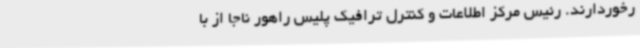
رخوردارند. رئیس مرکز اطلاعات و کنترل ترافیک پلیس راهور ناجا از با